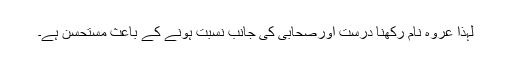
لہذا عروہ نام رکھنا درست اورصحابی کی جانب نسبت ہونے کے باعث مستحسن ہے۔